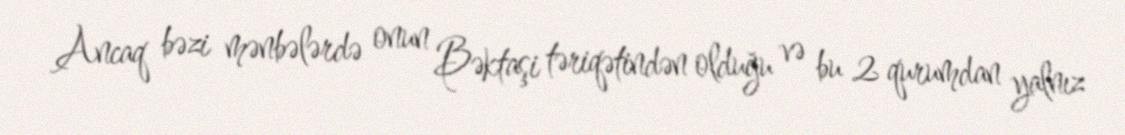
Ancaq bəzi mənbələrdə onun Bəktaşi təriqətindən olduğu və bu 2 qurumdan yalnız